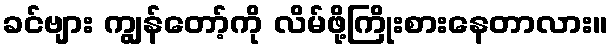
ခင်ဗျား ကျွန်တော့်ကို လိမ်ဖို့ကြိုးစားနေတာလား။